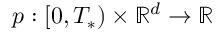
p : [ 0 , T _ { * } ) \times \mathbb { R } ^ { d } \rightarrow \mathbb { R }